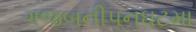
ગજબનીપનઘટમા